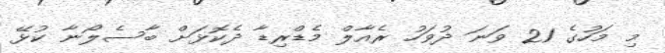
މި މަހުގެ 21 ވަނަ ދުވަހު ރެއާލް މެޑްރިޑާ ދެކޮޅަށް ބާސެލޯނާ ކުޅޭ